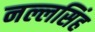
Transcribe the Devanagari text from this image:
नल्लसिंह